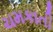
ચમકાતી